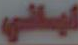
اياني